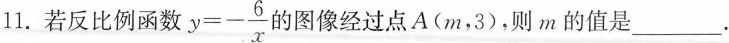
11.若反比例函数 $$y = - \frac{6}{x}$$ 图像经过点A(m，3)，则m的值是___。